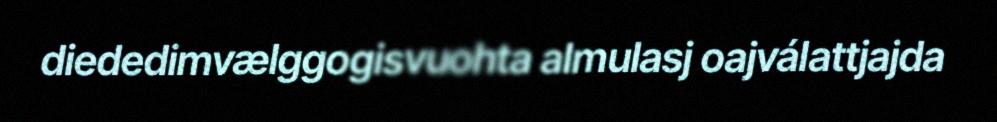
diededimvælggogisvuohta almulasj oajválattjajda